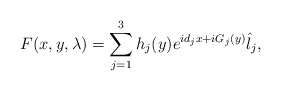
\begin{align*}F(x,y, \lambda)= \sum_{j=1}^3 h_j(y)e^{id_j x +iG_j(y)} \hat{l}_j,\end{align*}